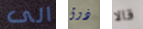
الى ذوق قالا